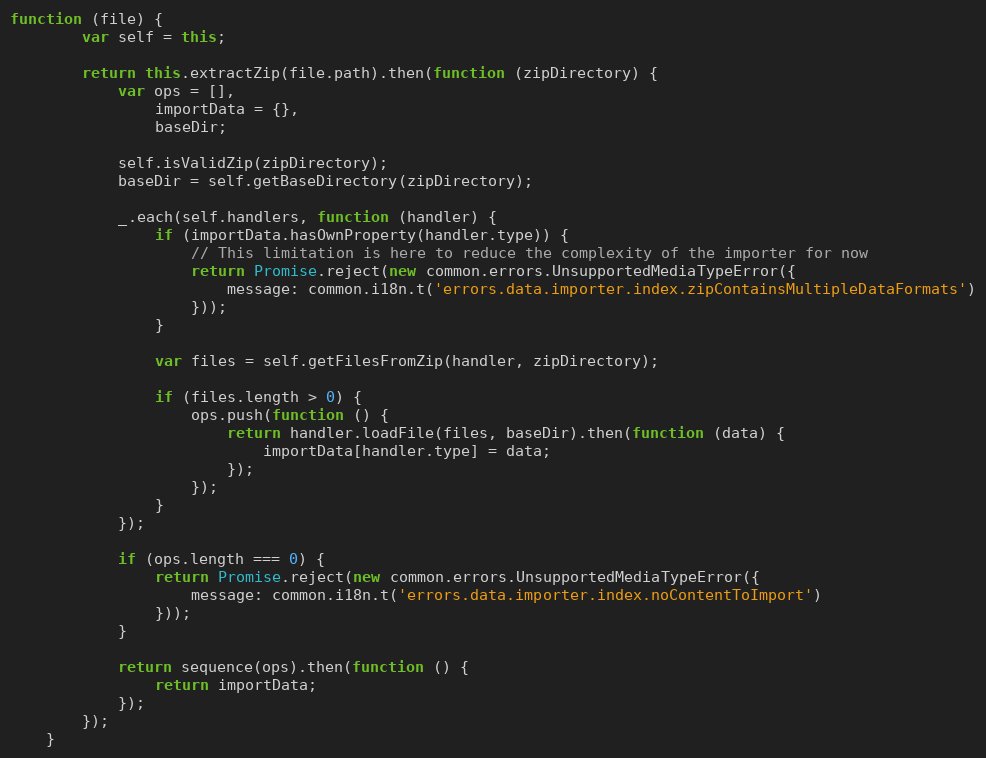
Language: JavaScript
function (file) {
        var self = this;

        return this.extractZip(file.path).then(function (zipDirectory) {
            var ops = [],
                importData = {},
                baseDir;

            self.isValidZip(zipDirectory);
            baseDir = self.getBaseDirectory(zipDirectory);

            _.each(self.handlers, function (handler) {
                if (importData.hasOwnProperty(handler.type)) {
                    // This limitation is here to reduce the complexity of the importer for now
                    return Promise.reject(new common.errors.UnsupportedMediaTypeError({
                        message: common.i18n.t('errors.data.importer.index.zipContainsMultipleDataFormats')
                    }));
                }

                var files = self.getFilesFromZip(handler, zipDirectory);

                if (files.length > 0) {
                    ops.push(function () {
                        return handler.loadFile(files, baseDir).then(function (data) {
                            importData[handler.type] = data;
                        });
                    });
                }
            });

            if (ops.length === 0) {
                return Promise.reject(new common.errors.UnsupportedMediaTypeError({
                    message: common.i18n.t('errors.data.importer.index.noContentToImport')
                }));
            }

            return sequence(ops).then(function () {
                return importData;
            });
        });
    }